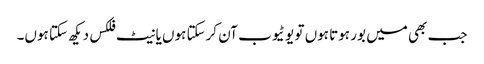
جب بھی میں بور ہوتا ہوں تو یو ٹیوب آن کرسکتا ہوں یا نیٹ فلکس دیکھ سکتا ہوں۔